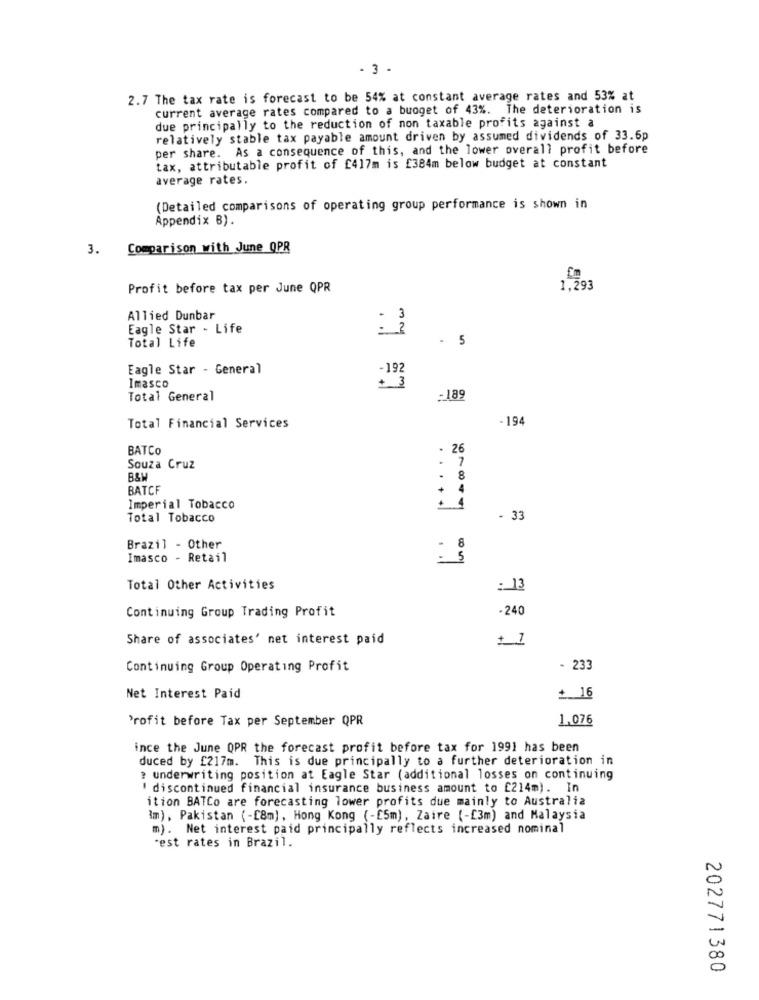
- 3 -
2.7 The tax rate is forecast to be 54% at constant average rates and 53% at
current average rates compared to a budget of 43%. The deterioration is
due principally to the reduction of non taxable profits against a
relatively stable tax payable amount driven by assumed dividends of 33.5p
per share. As a consequence of this, and the lower overall profit before
tax, attributable profit of £417m is £384m below budget at constant
average rates.
(Detailed comparisons of operating group performance is shown in
Appendix B) .
3. Comparison with June QPR
Profit before tax per June QPR
1,293
Allied Dunbar
Eagle Star - Life
: 1
Total Life
. 5
Eagle Star - General
-192
Imasco
Total General
:189
-194
Total Financial Services
BATCO
. 26
Souza Cruz
. 7
B&W
BATCF
Imperial Tobacco
Total Tobacco
- 33
Brazil - Other
Imasco - Retail
: :
Total Other Activities
: 13
Continuing Group Trading Profit
-240
Share of associates' net interest paid
+ 1
Continuing Group Operating Profit
- 233
Net Interest Paid
+ 16
Profit before Tax per September QPR
1.076
ince the June OPR the forecast profit before tax for 1991 has been
duced by £217m. This is due principally to a further deterioration in
? underwriting position at Eagle Star (additional losses on continuing
' discontinued financial insurance business amount to £214m). In
ition BATCo are forecasting lower profits due mainly to Australia
Im), Pakistan (-[8m), Hong Kong (-£5m), Zaire (-[3m) and Malaysia
m). Net interest paid principally reflects increased nominal
"est rates in Brazil.
202771380